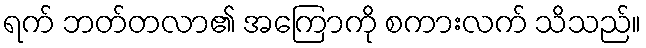
ရက် ဘတ်တလာ၏ အကြောကို စကားလက် သိသည်။